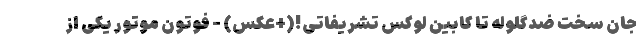
جان سخت ضدگلوله تا کابین لوکس تشریفاتی!(+عکس) - فوتون موتور یکی از